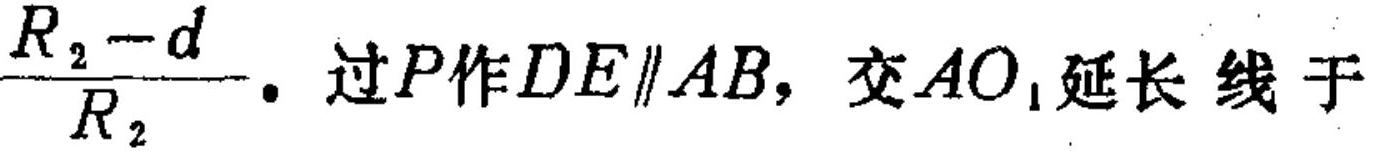
\(\frac{R_{2}-d}{R_{2}}.\) 过\(P\)作\(DE\parallel AB\)，交\(AO_{1}\)延长线于